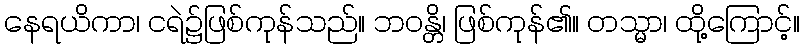
နေရယိကာ၊ ငရဲ၌ဖြစ်ကုန်သည်။ ဘဝန္တိ၊ ဖြစ်ကုန်၏။ တသ္မာ၊ ထို့ကြောင့်။